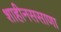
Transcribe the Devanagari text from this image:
शाहीनससाणा